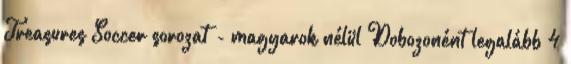
Treasures Soccer sorozat - magyarok nélül Dobozonént legalább 4